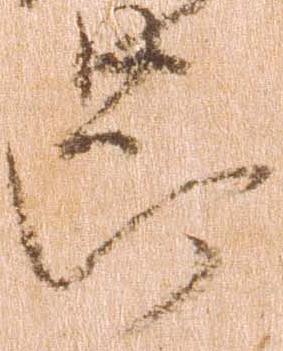
節